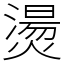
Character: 燙